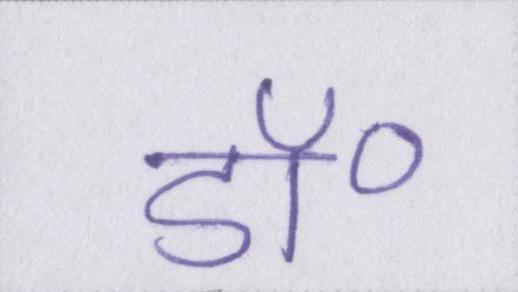
डॉ॰